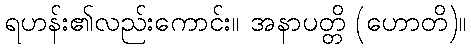
ရဟန်း၏လည်းကောင်း။ အနာပတ္တိ (ဟောတိ)။